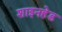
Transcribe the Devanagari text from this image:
शाइनहेड